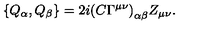
\left\{ Q _ { \alpha } , Q _ { \beta } \right\} = 2 i { ( C \Gamma ^ { \mu \nu } ) } _ { \alpha \beta } Z _ { \mu \nu } .